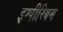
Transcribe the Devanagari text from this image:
इम्पीरियम